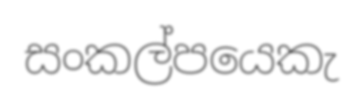
සංකල්පයෙකැ